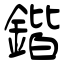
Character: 鍇